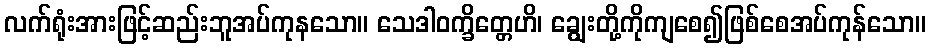
လက်ရုံးအားဖြင့်ဆည်းဘူအပ်ကုနသော။ သေဒါဝက္ခိတ္တေဟိ၊ ချွေးတို့ကိုကျစေ၍ဖြစ်စေအပ်ကုန်သော။